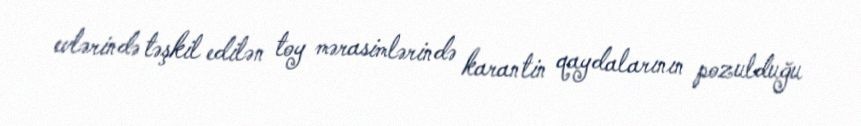
evlərində təşkil edilən toy mərasimlərində karantin qaydalarının pozulduğu